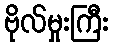
ဗိုလ်မှုးကြီး